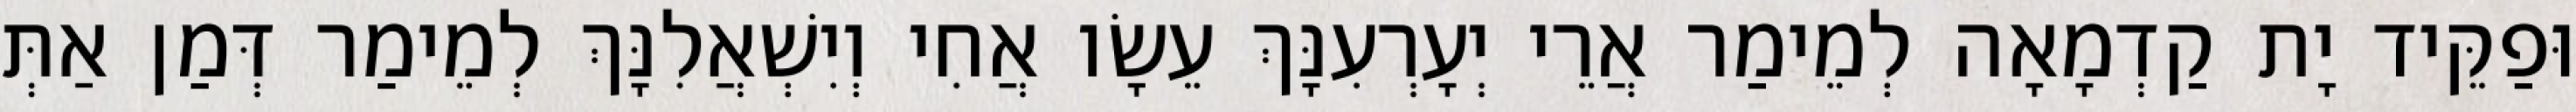
וּפַקֵּיד יָת קַדְמָאָה לְמֵימַר אֲרֵי יְעָרְעִנָּךְ עֵשָׂו אֲחִי וְיִשְׁאֲלִנָּךְ לְמֵימַר דְּמַן אַתְּ